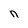
Character: n